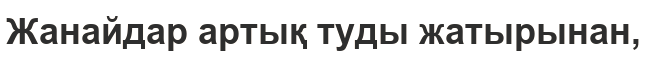
Жанайдар артық туды жатырынан,